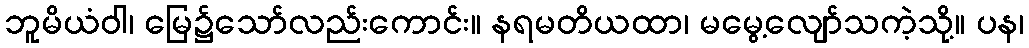
ဘူမိယံဝါ၊ မြေ၌သော်လည်းကောင်း။ နရမတိယထာ၊ မမွေ့လျော်သကဲ့သို့။ ပန၊